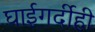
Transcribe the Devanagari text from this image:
घाईगर्दीही